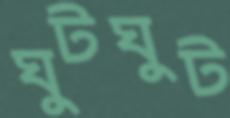
ঘুটঘুট